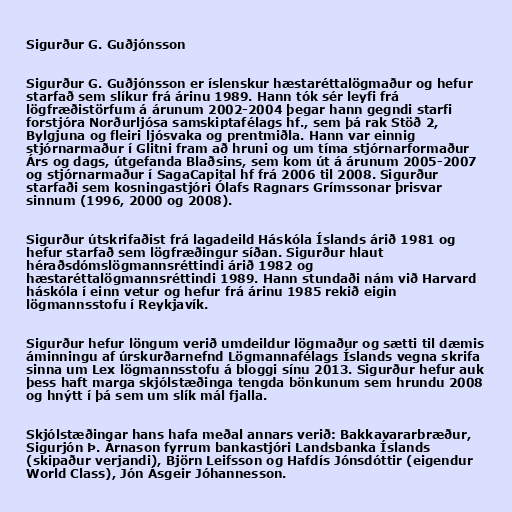
Sigurður G. Guðjónsson

Sigurður G. Guðjónsson er íslenskur hæstaréttalögmaður og hefur
starfað sem slíkur frá árinu 1989. Hann tók sér leyfi frá
lögfræðistörfum á árunum 2002-2004 þegar hann gegndi starfi
forstjóra Norðurljósa samskiptafélags hf., sem þá rak Stöð 2,
Bylgjuna og fleiri ljósvaka og prentmiðla. Hann var einnig
stjórnarmaður í Glitni fram að hruni og um tíma stjórnarformaður
Árs og dags, útgefanda Blaðsins, sem kom út á árunum 2005-2007
og stjórnarmaður í SagaCapital hf frá 2006 til 2008. Sigurður
starfaði sem kosningastjóri Ólafs Ragnars Grímssonar þrisvar
sinnum (1996, 2000 og 2008).

Sigurður útskrifaðist frá lagadeild Háskóla Íslands árið 1981 og
hefur starfað sem lögfræðingur síðan. Sigurður hlaut
héraðsdómslögmannsréttindi árið 1982 og
hæstaréttalögmannsréttindi 1989. Hann stundaði nám við Harvard
háskóla í einn vetur og hefur frá árinu 1985 rekið eigin
lögmannsstofu í Reykjavík.

Sigurður hefur löngum verið umdeildur lögmaður og sætti til dæmis
áminningu af úrsk­urðar­nefnd Lög­manna­fé­lags Íslands vegna skrifa
sinna um Lex lög­manns­stofu á bloggi sínu 2013. Sigurður hefur auk
þess haft marga skjólstæðinga tengda bönkunum sem hrundu 2008
og hnýtt í þá sem um slík mál fjalla.

Skjólstæðingar hans hafa meðal annars verið: Bakkavararbræður,
Sigurjón Þ. Árnason fyrrum bankastjóri Landsbanka Íslands
(skipaður verjandi), Björn Leifsson og Hafdís Jónsdóttir (eigendur
World Class), Jón Ásgeir Jóhannesson­.